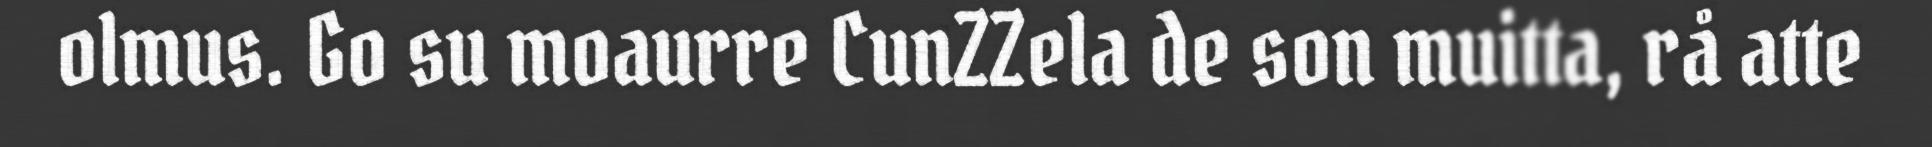
olmus. Go su moaurre CunZZela de son muitta, rå atte